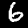
Digit: 6